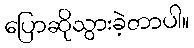
ပြောဆိုသွားခဲ့တာပါ။